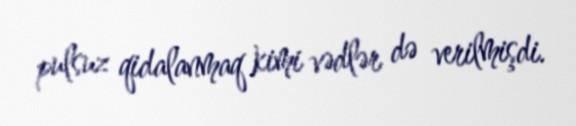
pulsuz qidalanmaq kimi vədlər də verilmişdi.